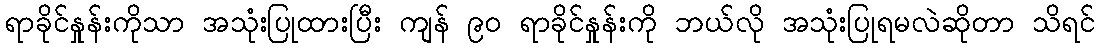
ရာခိုင်နှုန်းကိုသာ အသုံးပြုထားပြီး ကျန် ၉၀ ရာခိုင်နှုန်းကို ဘယ်လို အသုံးပြုရမလဲဆိုတာ သိရင်